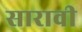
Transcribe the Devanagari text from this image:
सारावी